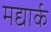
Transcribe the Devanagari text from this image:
मद्यार्क